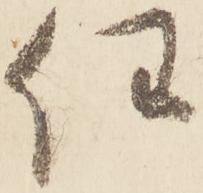
任